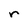
Character: r